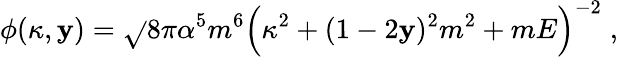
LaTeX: \phi(\kappa,\mathbf{y})=\sqrt{}{{8\pi\alpha^{5}m^{6}}}\Bigl(\kappa^{2}+(1-2\mathbf{y})^{2}m^{2}+mE\Bigr)^{-2}\; ,